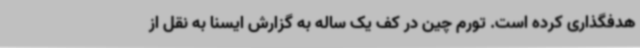
هدفگذاری کرده است. تورم چین در کف یک ساله به گزارش ایسنا به نقل از